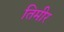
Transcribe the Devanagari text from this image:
तिमीर